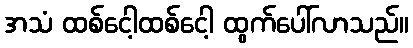
အသံ ထစ်ငေါ့ထစ်ငေါ့ ထွက်ပေါ်လာသည်။